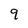
Character: 9